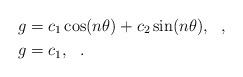
LaTeX: \begin{align*}g &=c_1 \cos(n\theta)+c_2 \sin(n\theta), ~~,\\g &=c_1 , ~~.\end{align*}